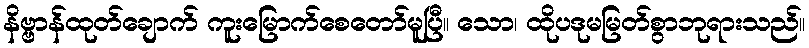
နိဗ္ဗာန်ထုတ်ချောက် ကူးမြောက်စေတော်မူပြီ။ သော၊ ထိုပဒုမမြတ်စွာဘုရားသည်။